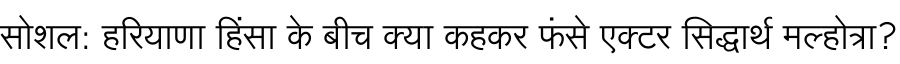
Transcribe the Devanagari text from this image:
सोशल: हरियाणा हिंसा के बीच क्या कहकर फंसे एक्टर सिद्धार्थ मल्होत्रा?